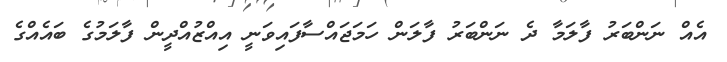
އެއް ނަންބަރު ފާލަމާ ދެ ނަންބަރު ފާލަން ހަމަޖައްސާފައިވަނީ އިއްޒުއްދީން ފާލަމުގެ ބައެއްގެ